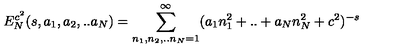
E _ { N } ^ { c ^ { 2 } } ( s , a _ { 1 } , a _ { 2 } , . . a _ { N } ) = \sum _ { n _ { 1 } , n _ { 2 } , . . n _ { N } = 1 } ^ { \infty } ( a _ { 1 } n _ { 1 } ^ { 2 } + . . + a _ { N } n _ { N } ^ { 2 } + c ^ { 2 } ) ^ { - s }